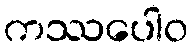
ကဿပေါဝ